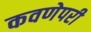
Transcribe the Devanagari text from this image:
कवणेपरी